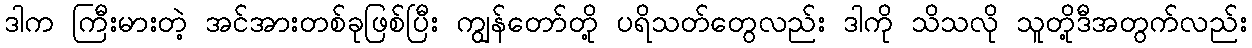
ဒါက ကြီးမားတဲ့ အင်အားတစ်ခုဖြစ်ပြီး ကျွန်တော်တို့ ပရိသတ်တွေလည်း ဒါကို သိသလို သူတို့ဒီအတွက်လည်း